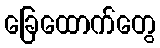
ခြေထောက်တွေ